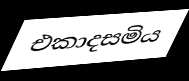
එකාදසමිය